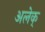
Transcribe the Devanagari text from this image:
अलेक्